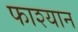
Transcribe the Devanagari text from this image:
फाश्यान